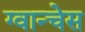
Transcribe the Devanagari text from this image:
ग्वान्चेस